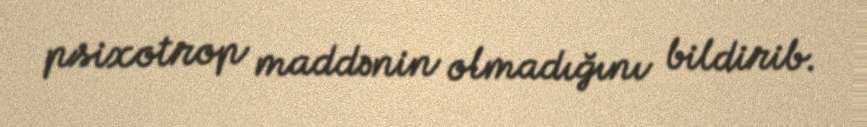
psixotrop maddənin olmadığını bildirib.